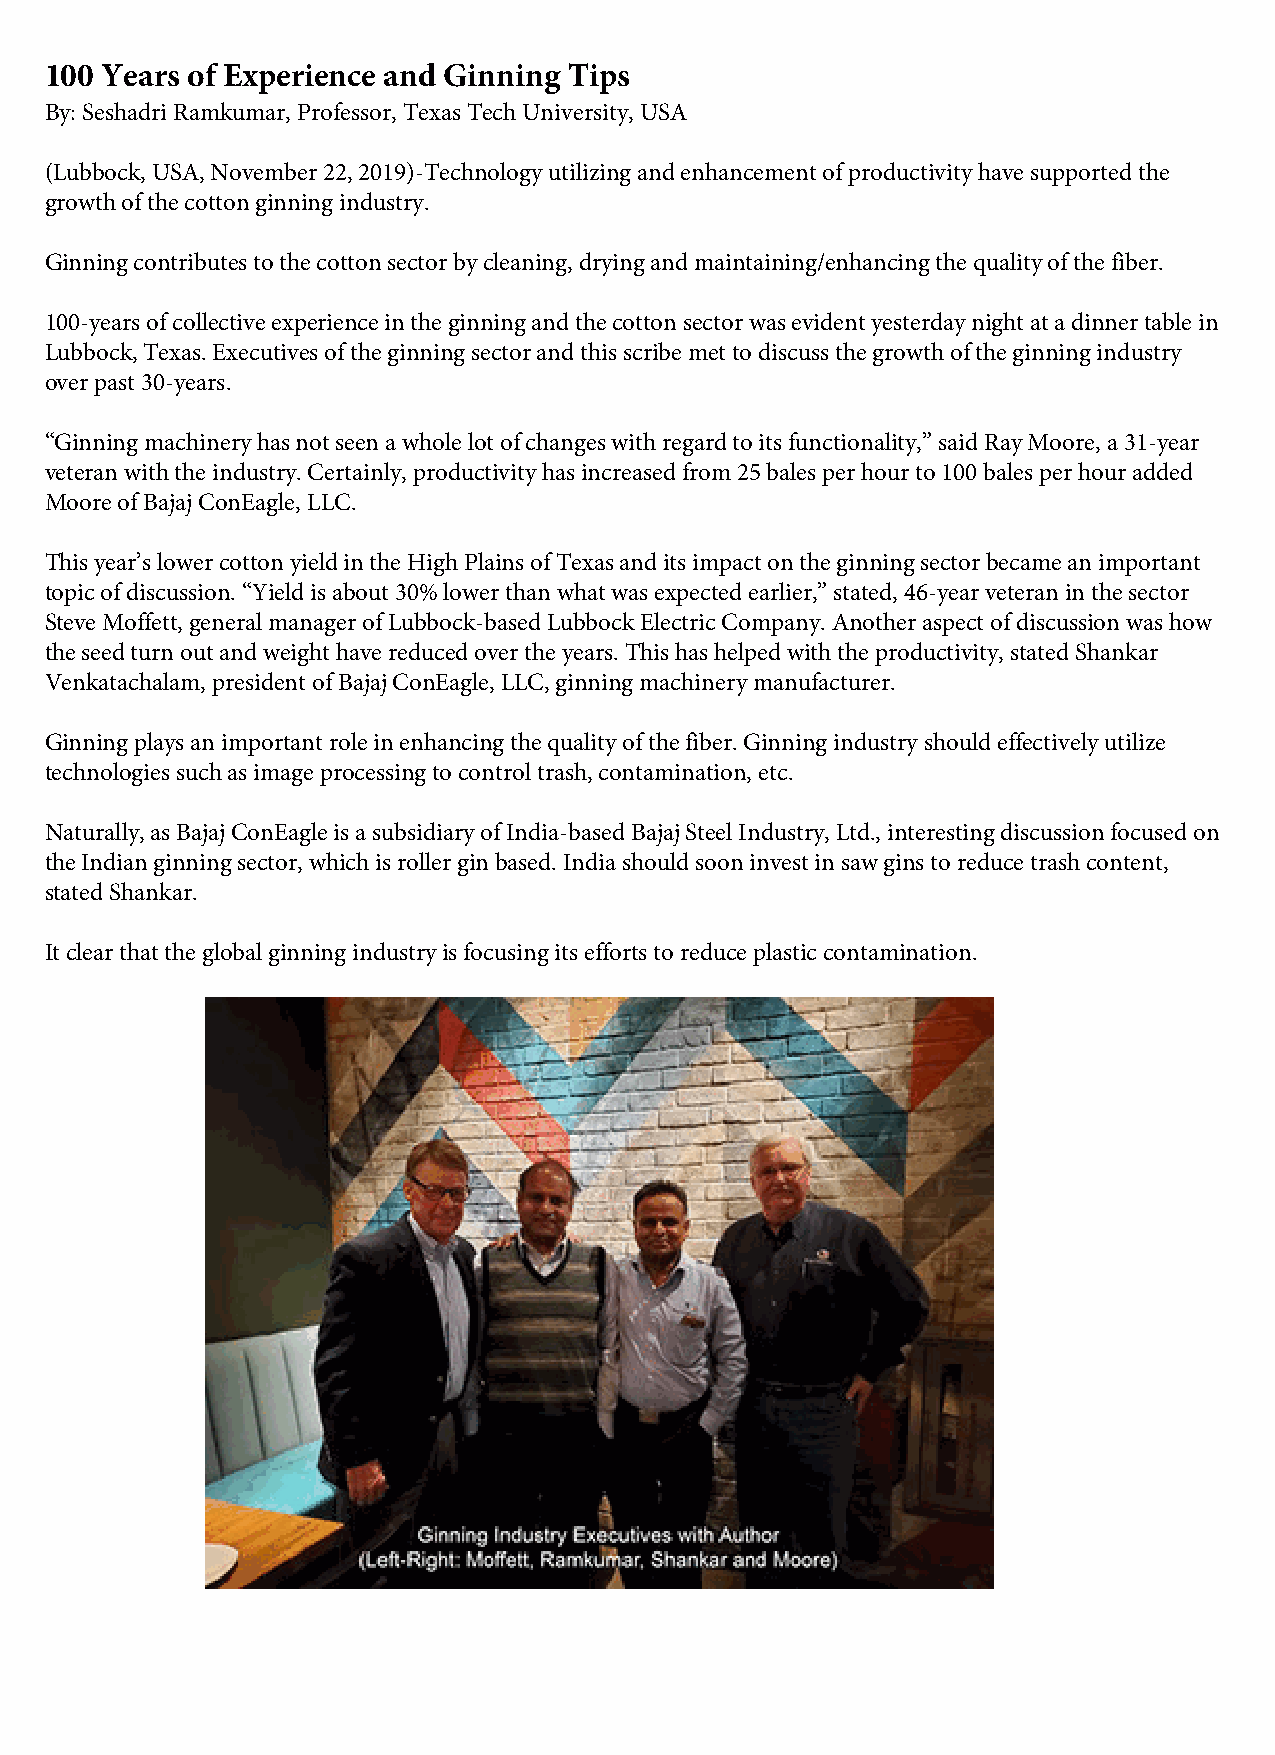
100 Years of Experience and Ginning Tips
 By: Seshadri Ramkumar, Professor, Texas Tech University, USA
 (Lubbock, USA, November 22, 2019)-Technology utilizing and enhancement of productivity have supported the
 growth of the cotton ginning industry.
 Ginning contributes to the cotton sector by cleaning, drying and maintaining/enhancing the quality of the fiber.
 100-years of collective experience in the ginning and the cotton sector was evident yesterday night at a dinner table in
 Lubbock, Texas. Executives of the ginning sector and this scribe met to discuss the growth of the ginning industry
 over past 30-years.
 “Ginning machinery has not seen a whole lot of changes with regard to its functionality,” said Ray Moore, a 31-year
 veteran with the industry. Certainly, productivity has increased from 25 bales per hour to 100 bales per hour added
 Moore of Bajaj ConEagle, LLC.
 This year’s lower cotton yield in the High Plains of Texas and its impact on the ginning sector became an important
 topic of discussion. “Yield is about 30% lower than what was expected earlier,” stated, 46-year veteran in the sector
 Steve Moffett, general manager of Lubbock-based Lubbock Electric Company. Another aspect of discussion was how
 the seed turn out and weight have reduced over the years. This has helped with the productivity, stated Shankar
 Venkatachalam, president of Bajaj ConEagle, LLC, ginning machinery manufacturer.
 Ginning plays an important role in enhancing the quality of the fiber. Ginning industry should effectively utilize
 technologies such as image processing to control trash, contamination, etc.
 Naturally, as Bajaj ConEagle is a subsidiary of India-based Bajaj Steel Industry, Ltd., interesting discussion focused on
 the Indian ginning sector, which is roller gin based. India should soon invest in saw gins to reduce trash content,
 stated Shankar.
 It clear that the global ginning industry is focusing its efforts to reduce plastic contamination.